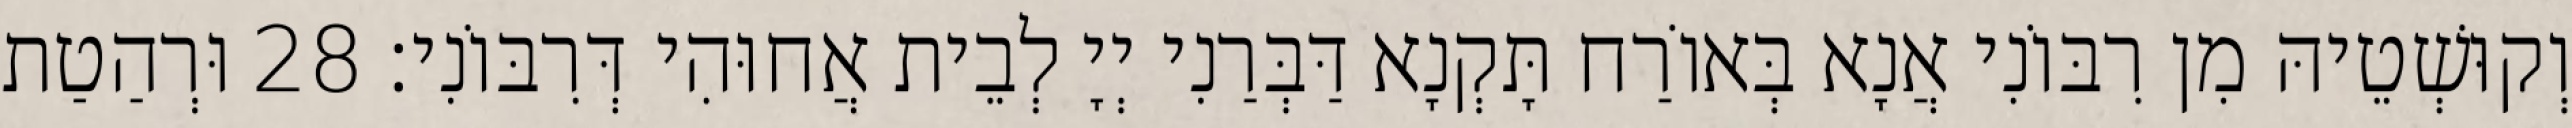
וְקוּשְׁטֵיהּ מִן רִבּוֹנִי אֲנָא בְּאוֹרַח תָּקְנָא דַּבְּרַנִי יְיָ לְבֵית אֲחוּהִי דְּרִבּוֹנִי׃ 28 וּרְהַטַת